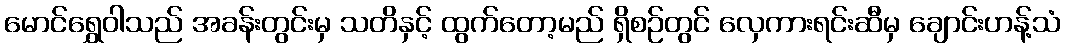
မောင်ရွှေဝါသည် အခန်းတွင်းမှ သတိနှင့် ထွက်တော့မည် ရှိစဉ်တွင် လှေကားရင်းဆီမှ ချောင်းဟန့်သံ